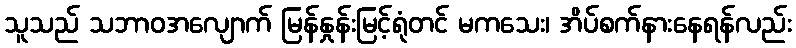
သူသည် သဘာဝအလျောက် မြန်နှုန်းမြင့်ရုံတင် မကသေး၊ အိပ်စက်နားနေရန်လည်း